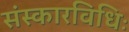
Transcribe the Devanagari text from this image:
संस्कारविधिः